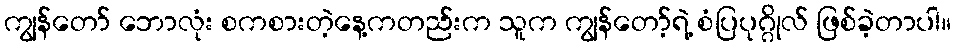
ကျွန်တော် ဘောလုံး စကစားတဲ့နေ့ကတည်းက သူက ကျွန်တော့်ရဲ့ စံပြပုဂ္ဂိုလ် ဖြစ်ခဲ့တာပါ။